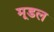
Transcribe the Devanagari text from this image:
मूडल